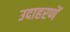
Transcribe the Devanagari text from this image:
उदाहरणें